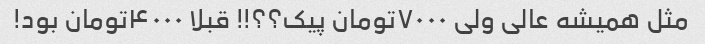
مثل همیشه عالی ولی ۷۰۰۰تومان پیک؟؟!! قبلا ۴۰۰۰تومان بود!